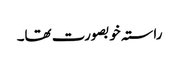
راستہ خوبصورت تھا۔